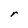
Character: r